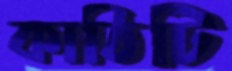
কাঠিটি